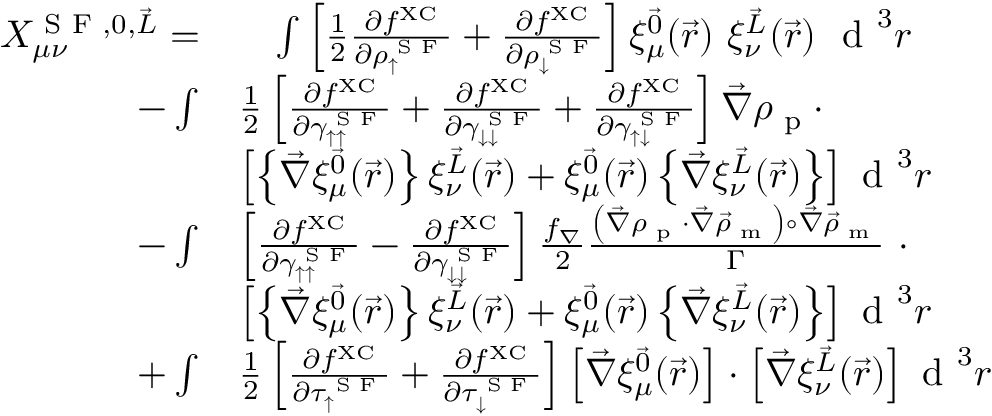
\begin{array} { r l } { X _ { \mu \nu } ^ { \textrm { S F } , 0 , \vec { L } } = } & { \phantom { + } \int \left[ \frac { 1 } { 2 } \frac { \partial f ^ { \mathrm { X C } } } { \partial \rho _ { \uparrow } ^ { \textrm { S F } } } + \frac { \partial f ^ { \mathrm { X C } } } { \partial \rho _ { \downarrow } ^ { \textrm { S F } } } \right] \xi _ { \mu } ^ { \vec { 0 } } ( \vec { r } ) ~ \xi _ { \nu } ^ { \vec { L } } ( \vec { r } ) ~ \textrm { d } ^ { 3 } r } \\ { - \int } & { \frac { 1 } { 2 } \left[ \frac { \partial f ^ { \mathrm { X C } } } { \partial \gamma _ { \uparrow \uparrow } ^ { \textrm { S F } } } + \frac { \partial f ^ { \mathrm { X C } } } { \partial \gamma _ { \downarrow \downarrow } ^ { \textrm { S F } } } + \frac { \partial f ^ { \mathrm { X C } } } { \partial \gamma _ { \uparrow \downarrow } ^ { \textrm { S F } } } \right] \vec { \nabla } \rho _ { \textrm { p } } \cdot } \\ & { \left[ \left\{ \vec { \nabla } \xi _ { \mu } ^ { \vec { 0 } } ( \vec { r } ) \right\} \xi _ { \nu } ^ { \vec { L } } ( \vec { r } ) + \xi _ { \mu } ^ { \vec { 0 } } ( \vec { r } ) \left\{ \vec { \nabla } \xi _ { \nu } ^ { \vec { L } } ( \vec { r } ) \right\} \right] \textrm { d } ^ { 3 } r } \\ { - \int } & { \left[ \frac { \partial f ^ { \mathrm { X C } } } { \partial \gamma _ { \uparrow \uparrow } ^ { \textrm { S F } } } - \frac { \partial f ^ { \mathrm { X C } } } { \partial \gamma _ { \downarrow \downarrow } ^ { \textrm { S F } } } \right] \frac { f _ { \nabla } } { 2 } \frac { \left( \vec { \nabla } \rho _ { \textrm { p } } \cdot \vec { \nabla } \vec { \rho } _ { \textrm { m } } \right) \circ \vec { \nabla } \vec { \rho } _ { \textrm { m } } } { \Gamma } ~ \cdot } \\ & { \left[ \left\{ \vec { \nabla } \xi _ { \mu } ^ { \vec { 0 } } ( \vec { r } ) \right\} \xi _ { \nu } ^ { \vec { L } } ( \vec { r } ) + \xi _ { \mu } ^ { \vec { 0 } } ( \vec { r } ) \left\{ \vec { \nabla } \xi _ { \nu } ^ { \vec { L } } ( \vec { r } ) \right\} \right] \textrm { d } ^ { 3 } r } \\ { + \int } & { \frac { 1 } { 2 } \left[ \frac { \partial f ^ { \mathrm { X C } } } { \partial \tau _ { \uparrow } ^ { \textrm { S F } } } + \frac { \partial f ^ { \mathrm { X C } } } { \partial \tau _ { \downarrow } ^ { \textrm { S F } } } \right] \left[ \vec { \nabla } \xi _ { \mu } ^ { \vec { 0 } } ( \vec { r } ) \right] \cdot \left[ \vec { \nabla } \xi _ { \nu } ^ { \vec { L } } ( \vec { r } ) \right] \textrm { d } ^ { 3 } r } \end{array}